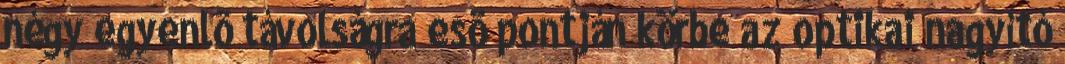
négy egyenlõ távolságra esõ pontján körbe az optikai nagyító